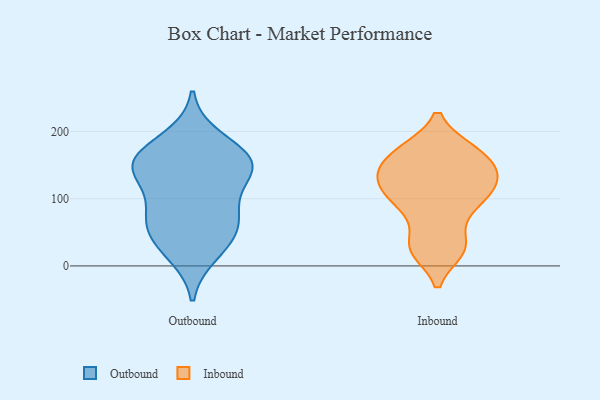
{"axis": {"x": "Bounce Rate (%)", "y": "Value"}, "legend": ["Inbound", "Outbound"], "data": [{"x": "", "y": 35, "type": "Outbound"}, {"x": "", "y": 157, "type": "Outbound"}, {"x": "", "y": 155, "type": "Outbound"}, {"x": "", "y": 136, "type": "Outbound"}, {"x": "", "y": 159, "type": "Outbound"}, {"x": "", "y": 148, "type": "Outbound"}, {"x": "", "y": 69, "type": "Outbound"}, {"x": "", "y": 141, "type": "Outbound"}, {"x": "", "y": 189, "type": "Outbound"}, {"x": "", "y": 19, "type": "Outbound"}, {"x": "", "y": 50, "type": "Outbound"}, {"x": "", "y": 77, "type": "Outbound"}, {"x": "", "y": 85, "type": "Outbound"}, {"x": "", "y": 171, "type": "Inbound"}, {"x": "", "y": 24, "type": "Inbound"}, {"x": "", "y": 31, "type": "Inbound"}, {"x": "", "y": 142, "type": "Inbound"}, {"x": "", "y": 172, "type": "Inbound"}, {"x": "", "y": 82, "type": "Inbound"}, {"x": "", "y": 134, "type": "Inbound"}, {"x": "", "y": 114, "type": "Inbound"}, {"x": "", "y": 100, "type": "Inbound"}, {"x": "", "y": 94, "type": "Inbound"}, {"x": "", "y": 171, "type": "Inbound"}, {"x": "", "y": 137, "type": "Inbound"}, {"x": "", "y": 130, "type": "Inbound"}, {"x": "", "y": 26, "type": "Inbound"}]}